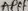
Text: AREF